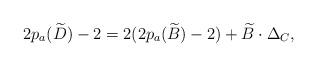
LaTeX: \begin{align*}2p_a(\widetilde{D})-2=2(2p_a(\widetilde{B})-2)+\widetilde{B}\cdot \Delta_C,\end{align*}